Indian journal of veterinary science and animal husbandry - Volumes 15-17, 1948-1951
Year: 1948
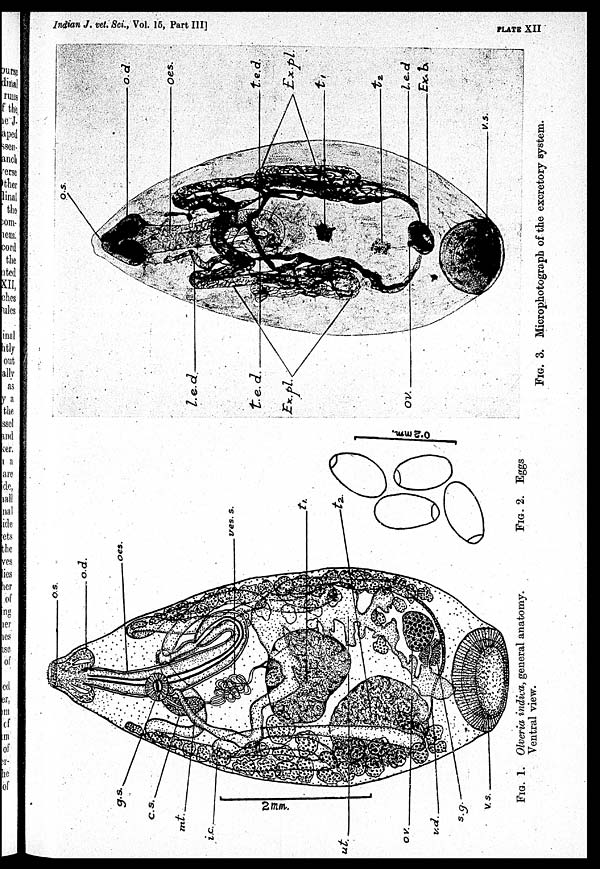
Indian J. vet. Sci., Vol. 15, Part III]
PLATE
XII
FIG. 1. Olveria indica, general anatomy.
Ventral view.
FIG. 2. Eggs
FIG. 3. Microphotograph of the excretory system.